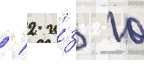
/ 2 и́з 10